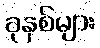
ခုနှစ်များ